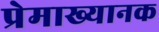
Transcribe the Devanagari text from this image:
प्रेमाख्यानक